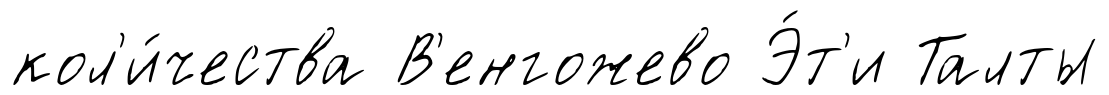
кол'и́чества В'енгожево Э́т'и Талты